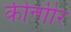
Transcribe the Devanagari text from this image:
कीन्गीर